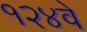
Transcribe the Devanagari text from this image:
१२४वे